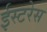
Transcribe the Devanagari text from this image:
ईस्टरेस